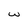
Character: w